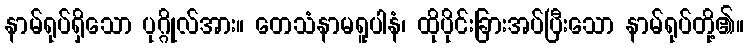
နာမ်ရုပ်ရှိသော ပုဂ္ဂိုလ်အား။ တေသံနာမရူပါနံ၊ ထိုပိုင်းခြားအပ်ပြီးသော နာမ်ရုပ်တို့၏။